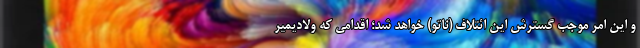
و این امر موجب گسترش این ائتلاف (ناتو) خواهد شد؛ اقدامی که ولادیمیر